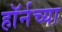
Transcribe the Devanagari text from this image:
हाॅर्नच्या